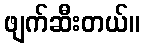
ဖျက်ဆီးတယ်။